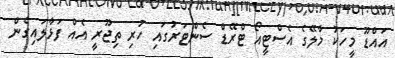
އައްޑޫ މީހަކު މާލޭގެ އެސްޓީއޯ ޓްރޭޑް ސެންޓަރުގައި ހުރި ތިޖޫރީ އެއް ފަޅާލައިގެން